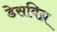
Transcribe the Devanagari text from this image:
डेसविग्न